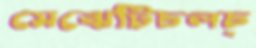
মেঝেটিচলচ্